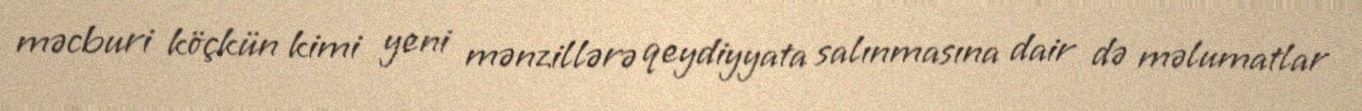
məcburi köçkün kimi yeni mənzillərə qeydiyyata salınmasına dair də məlumatlar